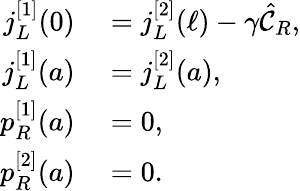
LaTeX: \begin{array}{rl}{j_{L}^{[1]}(0)}&{{}=j_{L}^{[2]}(\ell)-\gamma\hat{\mathcal{C}}_{R},}\\ {j_{L}^{[1]}(a)}&{{}=j_{L}^{[2]}(a),}\\ {p_{R}^{[1]}(a)}&{{}=0,}\\ {p_{R}^{[2]}(a)}&{{}=0.}\end{array}